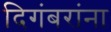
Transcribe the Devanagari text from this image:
दिगंबरांना